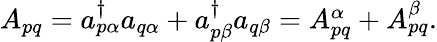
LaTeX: \begin{array}{r}{A_{pq}=a_{p\alpha}^{\dagger}a_{q\alpha}+a_{p\beta}^{\dagger}a_{q\beta}=A_{pq}^{\alpha}+A_{pq}^{\beta}.}\end{array}